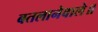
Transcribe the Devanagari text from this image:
बतलानेवाले॥